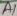
Text: A1